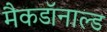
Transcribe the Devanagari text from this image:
मैकडॉनाल्ड